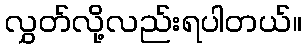
လွှတ်လို့လည်းရပါတယ်။